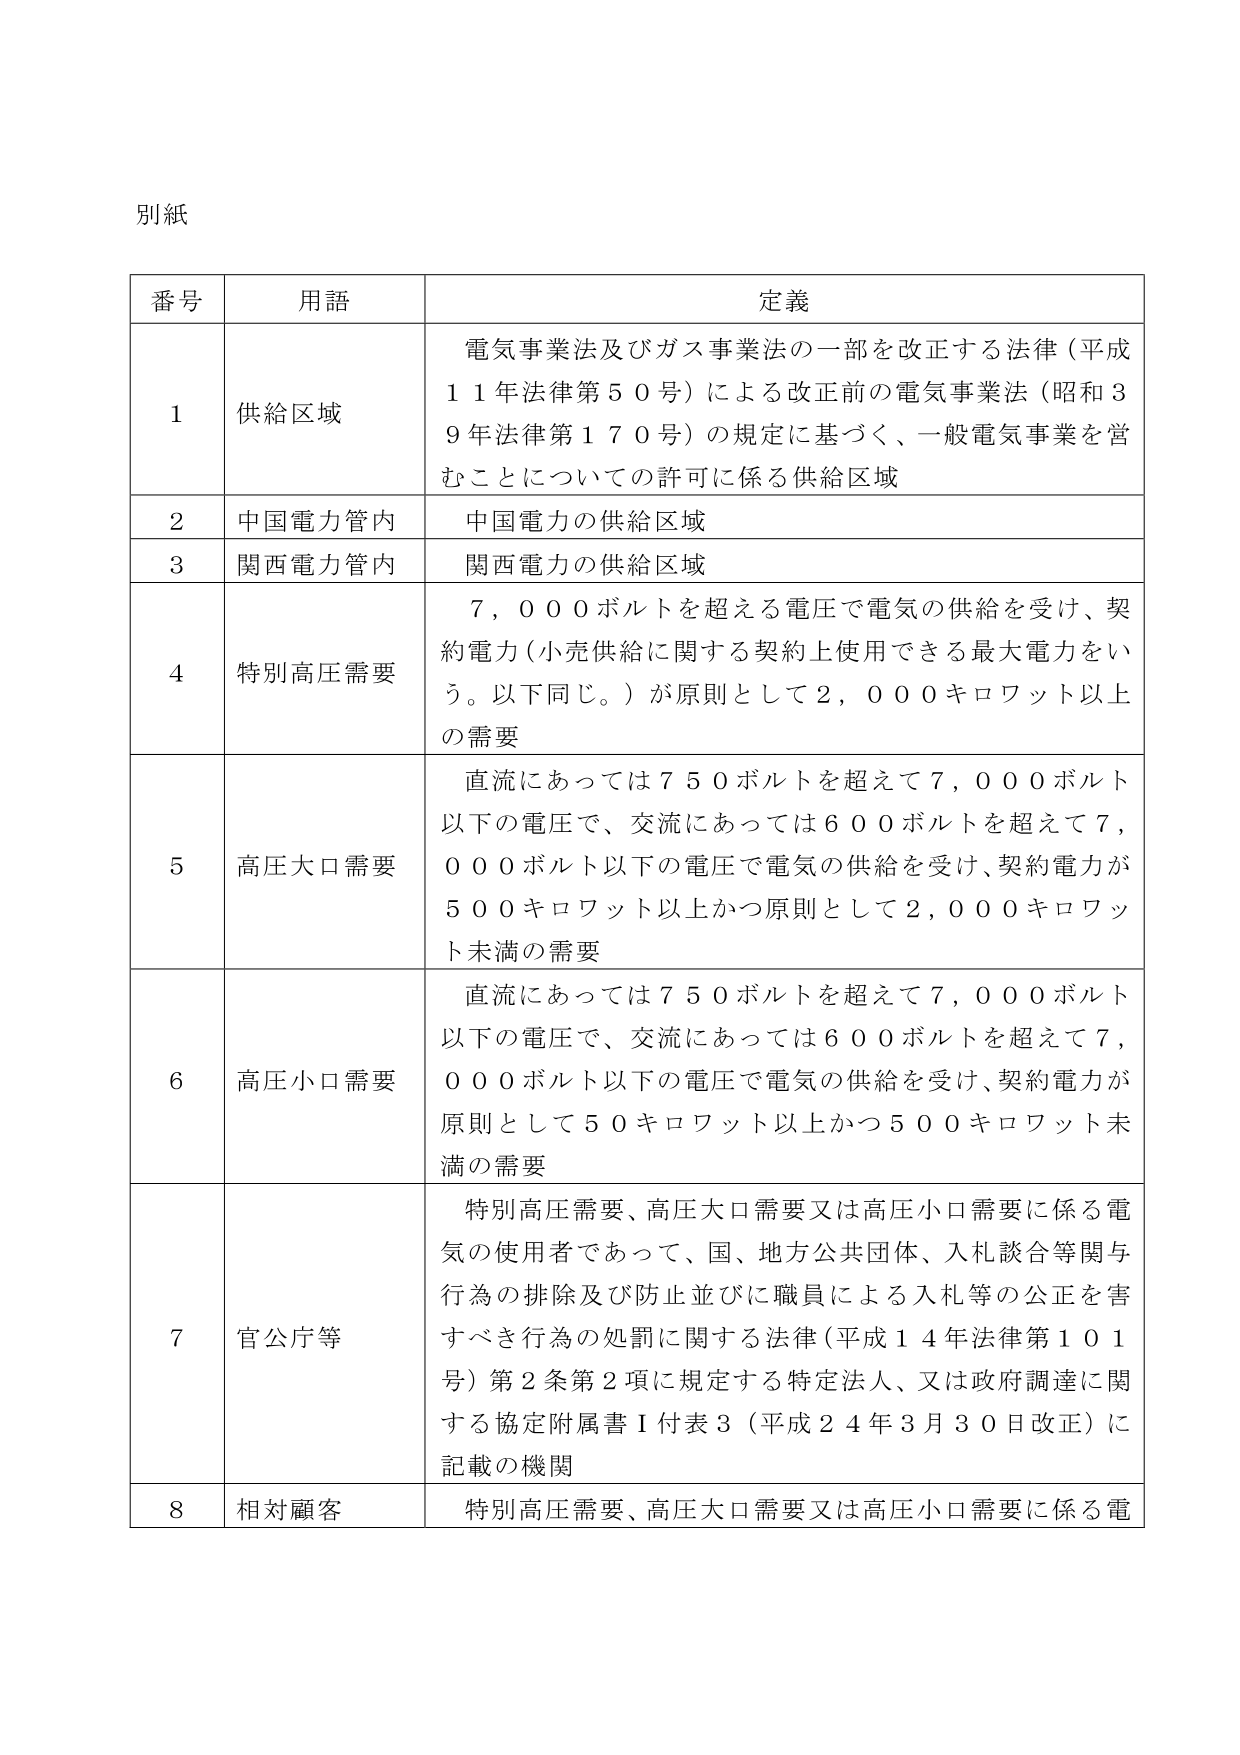
別紙

番号	用語	定義
1	供給区域	電気事業法及びガス事業法の一部を改正する法律（平成11年法律第50号）による改正前の電気事業法（昭和39年法律第170号）の規定に基づく、一般電気事業を営むことについての許可に係る供給区域
2	中国電力管内	中国電力の供給区域
3	関西電力管内	関西電力の供給区域
4	特別高圧需要	7,000ボルトを超える電圧で電気の供給を受け、契約電力（小売供給に関する契約上使用できる最大電力をいう。以下同じ。）が原則として2,000キロワット以上の需要
5	高圧大口需要	直流にあっては750ボルトを超えて7,000ボルト以下の電圧で、交流にあっては600ボルトを超えて7,000ボルト以下の電圧で電気の供給を受け、契約電力が500キロワット以上かつ原則として2,000キロワット未満の需要
6	高圧小口需要	直流にあっては750ボルトを超えて7,000ボルト以下の電圧で、交流にあっては600ボルトを超えて7,000ボルト以下の電圧で電気の供給を受け、契約電力が原則として50キロワット以上かつ500キロワット未満の需要
7	官公庁等	特別高圧需要、高圧大口需要又は高圧小口需要に係る電気の使用者であって、国、地方公共団体、入札談合等関与行為の排除及び防止並びに職員による入札等の公正を害すべき行為の処罰に関する法律（平成14年法律第101号）第2条第2項に規定する特定法人、又は政府調達に関する協定附属書Ⅰ付表3（平成24年3月30日改正）に記載の機関
8	相対顧客	特別高圧需要、高圧大口需要又は高圧小口需要に係る電